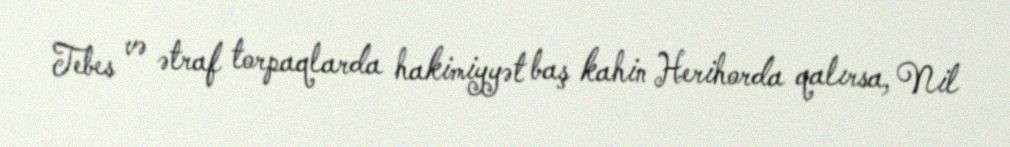
Tebes və ətraf torpaqlarda hakimiyyət baş kahin Herihorda qalırsa, Nil